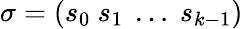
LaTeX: \sigma=(s_{0}~s_{1}~\dots~s_{k-1})